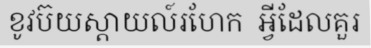
ខូវប៊យស្តាយល៍រហែក  អ្វីដែលគួរ